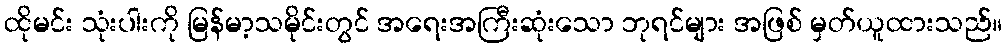
ထိုမင်း သုံးပါးကို မြန်မာ့သမိုင်းတွင် အရေးအကြီးဆုံးသော ဘုရင်များ အဖြစ် မှတ်ယူထားသည်။